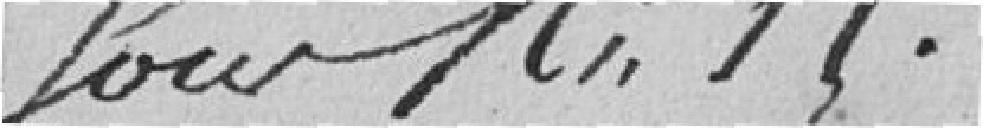
sous N° 15